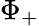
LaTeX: \Phi_{+}